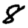
Digit: 8